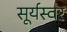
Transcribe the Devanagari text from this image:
सूर्यस्वर